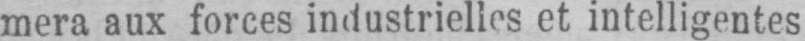
mera aux forces industrielles et intelligentes